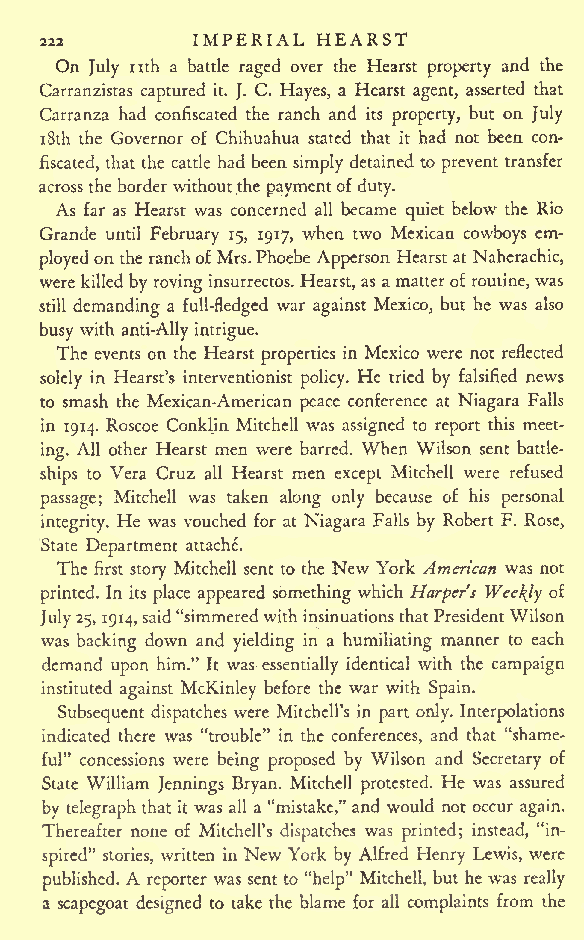
IMPERIAL HEARST
 222
 On July nth a battle raged over the Hearst property and the
 Carranzistas captured it. J. C. Hayes, a Hearst agent, asserted that
 Carranza had confiscated the ranch and its property, but on July
 18th the Governor of Chihuahua stated that it had not been con-
 fiscated, that the cattle had been simply detained to prevent transfer
 across theborder withoutthe paymentofduty.
 As far as Hearst was concerned all became quiet below the Rio
 Grande until February 15, 1917, when two Mexican cowboys em-
 ployedon theranchof Mrs.Phoebe Apperson Hearst at Naherachic,
 were killed by rovinginsurrectos. Hearst, as amatterof routine,was
 still demanding a full-fledged war against Mexico, but he was also
 busy with anti-Allyintrigue.
 The events on the Hearst properties in Mexico were not reflected
 solely in Hearst's interventionist policy. He tried by falsified news
 to smash the Mexican-American peace conference at Niagara Falls
 in 1914. Roscoe Conklin Mitchell was assigned to report this meet-
 ing. All other Hearst men were barred. When Wilson sent battle-
 ships to Vera Cruz all Hearst men except Mitchell were refused
 passage; Mitchell was taken along only because of his personal
 integrity. He was vouched for at Niagara Falls by Robert F. Rose,
 State Department attache.
 The first story Mitchell sent to the New York American was not
 printed. In its place appeared something which Harpers Weekly of
 July25,
 1914,said"simmeredwithinsinuationsthatPresidentWilson
 was backing down and yielding in a humiliating manner to each
 demand upon him." It was essentially identical with the campaign
 instituted against McKinley before the war with Spain.
 Subsequent dispatches were Mitchell's in part only. Interpolations
 indicated there was "trouble" in the conferences, and that "shame-
 ful" concessions were being proposed by Wilson and Secretary of
 State William Jennings Bryan. Mitchell protested. He was assured
 by telegraph that it was all a "mistake," and would not occur again.
 Thereafter none of Mitchell's dispatches was printed; instead, "in-
 spired" stories, written in New York by Alfred Henry Lewis, were
 published. A reporter was sent to "help" Mitchell, but he was really
 a scapegoat designed to take the blame for all complaints from the